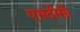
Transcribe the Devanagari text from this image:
एमटीसी